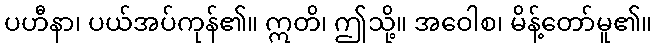
ပဟီနာ၊ ပယ်အပ်ကုန်၏။ ဣတိ၊ ဤသို့။ အဝေါစ၊ မိန့်တော်မူ၏။